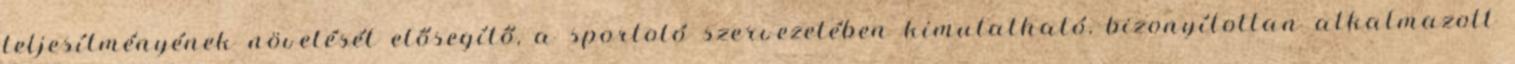
teljesítményének növelését elősegítő, a sportoló szervezetében kimutatható, bizonyítottan alkalmazott